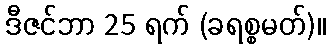
ဒီဇင်ဘာ 25 ရက် (ခရစ္စမတ်)။